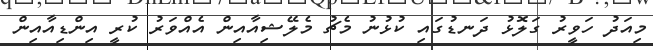
މިއަދު ހަވީރު ގަލޮޅު ދަނޑުގައި ކުޅުނު މެޗު މެލޭޝިއާއިން އެއްވަރު ކުރީ އިންޑިއާއިން